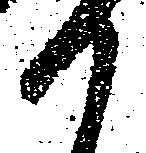
か